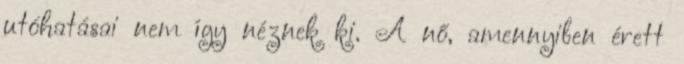
utóhatásai nem így néznek ki. A nő, amennyiben érett